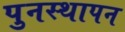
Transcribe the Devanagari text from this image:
पुनस्थापन